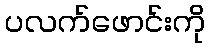
ပလက်ဖောင်းကို